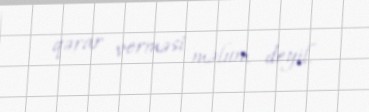
qərar verməsi məlum deyil.